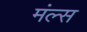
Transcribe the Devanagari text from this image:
मंल्स